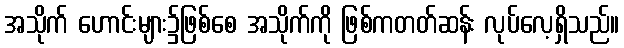
အသိုက် ဟောင်းများ၌ဖြစ်စေ အသိုက်ကို ဖြစ်ကတတ်ဆန်း လုပ်လေ့ရှိသည်။